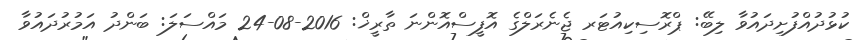
ކުޅުދުއްފުށިދައުވާ ލިބޭ: ޕްރޮސިކިއުޓަރ ޖެނެރަލްގެ އޮފީސްއޮންނަ ތާރީޚް: 2016-08-24 މައްސަލަ: ބަންދު އަމުރުދައުވާ